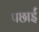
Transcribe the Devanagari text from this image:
पछाईं